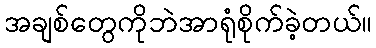
အချစ်တွေကိုဘဲအာရုံစိုက်ခဲ့တယ်။